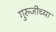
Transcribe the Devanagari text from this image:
गुरुजीच्या